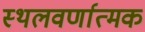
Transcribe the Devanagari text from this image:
स्थलवर्णात्मक